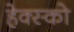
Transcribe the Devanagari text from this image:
हेक्स्को